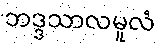
ဘဒ္ဒသာလမူလံ